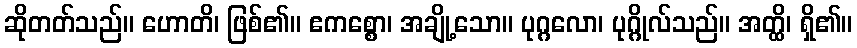
ဆိုတတ်သည်။ ဟောတိ၊ ဖြစ်၏။ ဧကစ္စော၊ အချို့သော။ ပုဂ္ဂလော၊ ပုဂ္ဂိုလ်သည်။ အတ္ထိ၊ ရှိ၏။